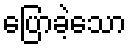
ပြောခဲ့သော